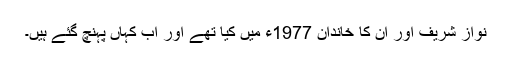
نواز شریف اور اُن کا خاندان 1977ء میں کیا تھے اور اب کہاں پہنچ گئے ہیں۔